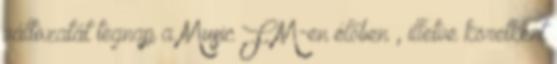
változatát tegnap a Music FM-en élőben , illetve köretként